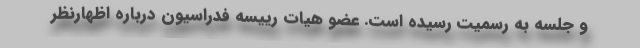
و جلسه به رسمیت رسیده است. عضو هیات رییسه فدراسیون درباره اظهارنظر